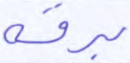
برقه